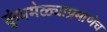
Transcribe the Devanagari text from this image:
कुंभमेळ्याप्रमाणेच